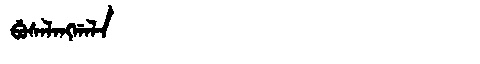
Manchu: ᠪᡠᠰᠠᠯᠠᠩᡤᠠᠯᠠ
Romanization: BUSALANGGALA